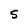
Character: S